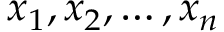
x _ { 1 } , x _ { 2 } , \ldots , x _ { n }